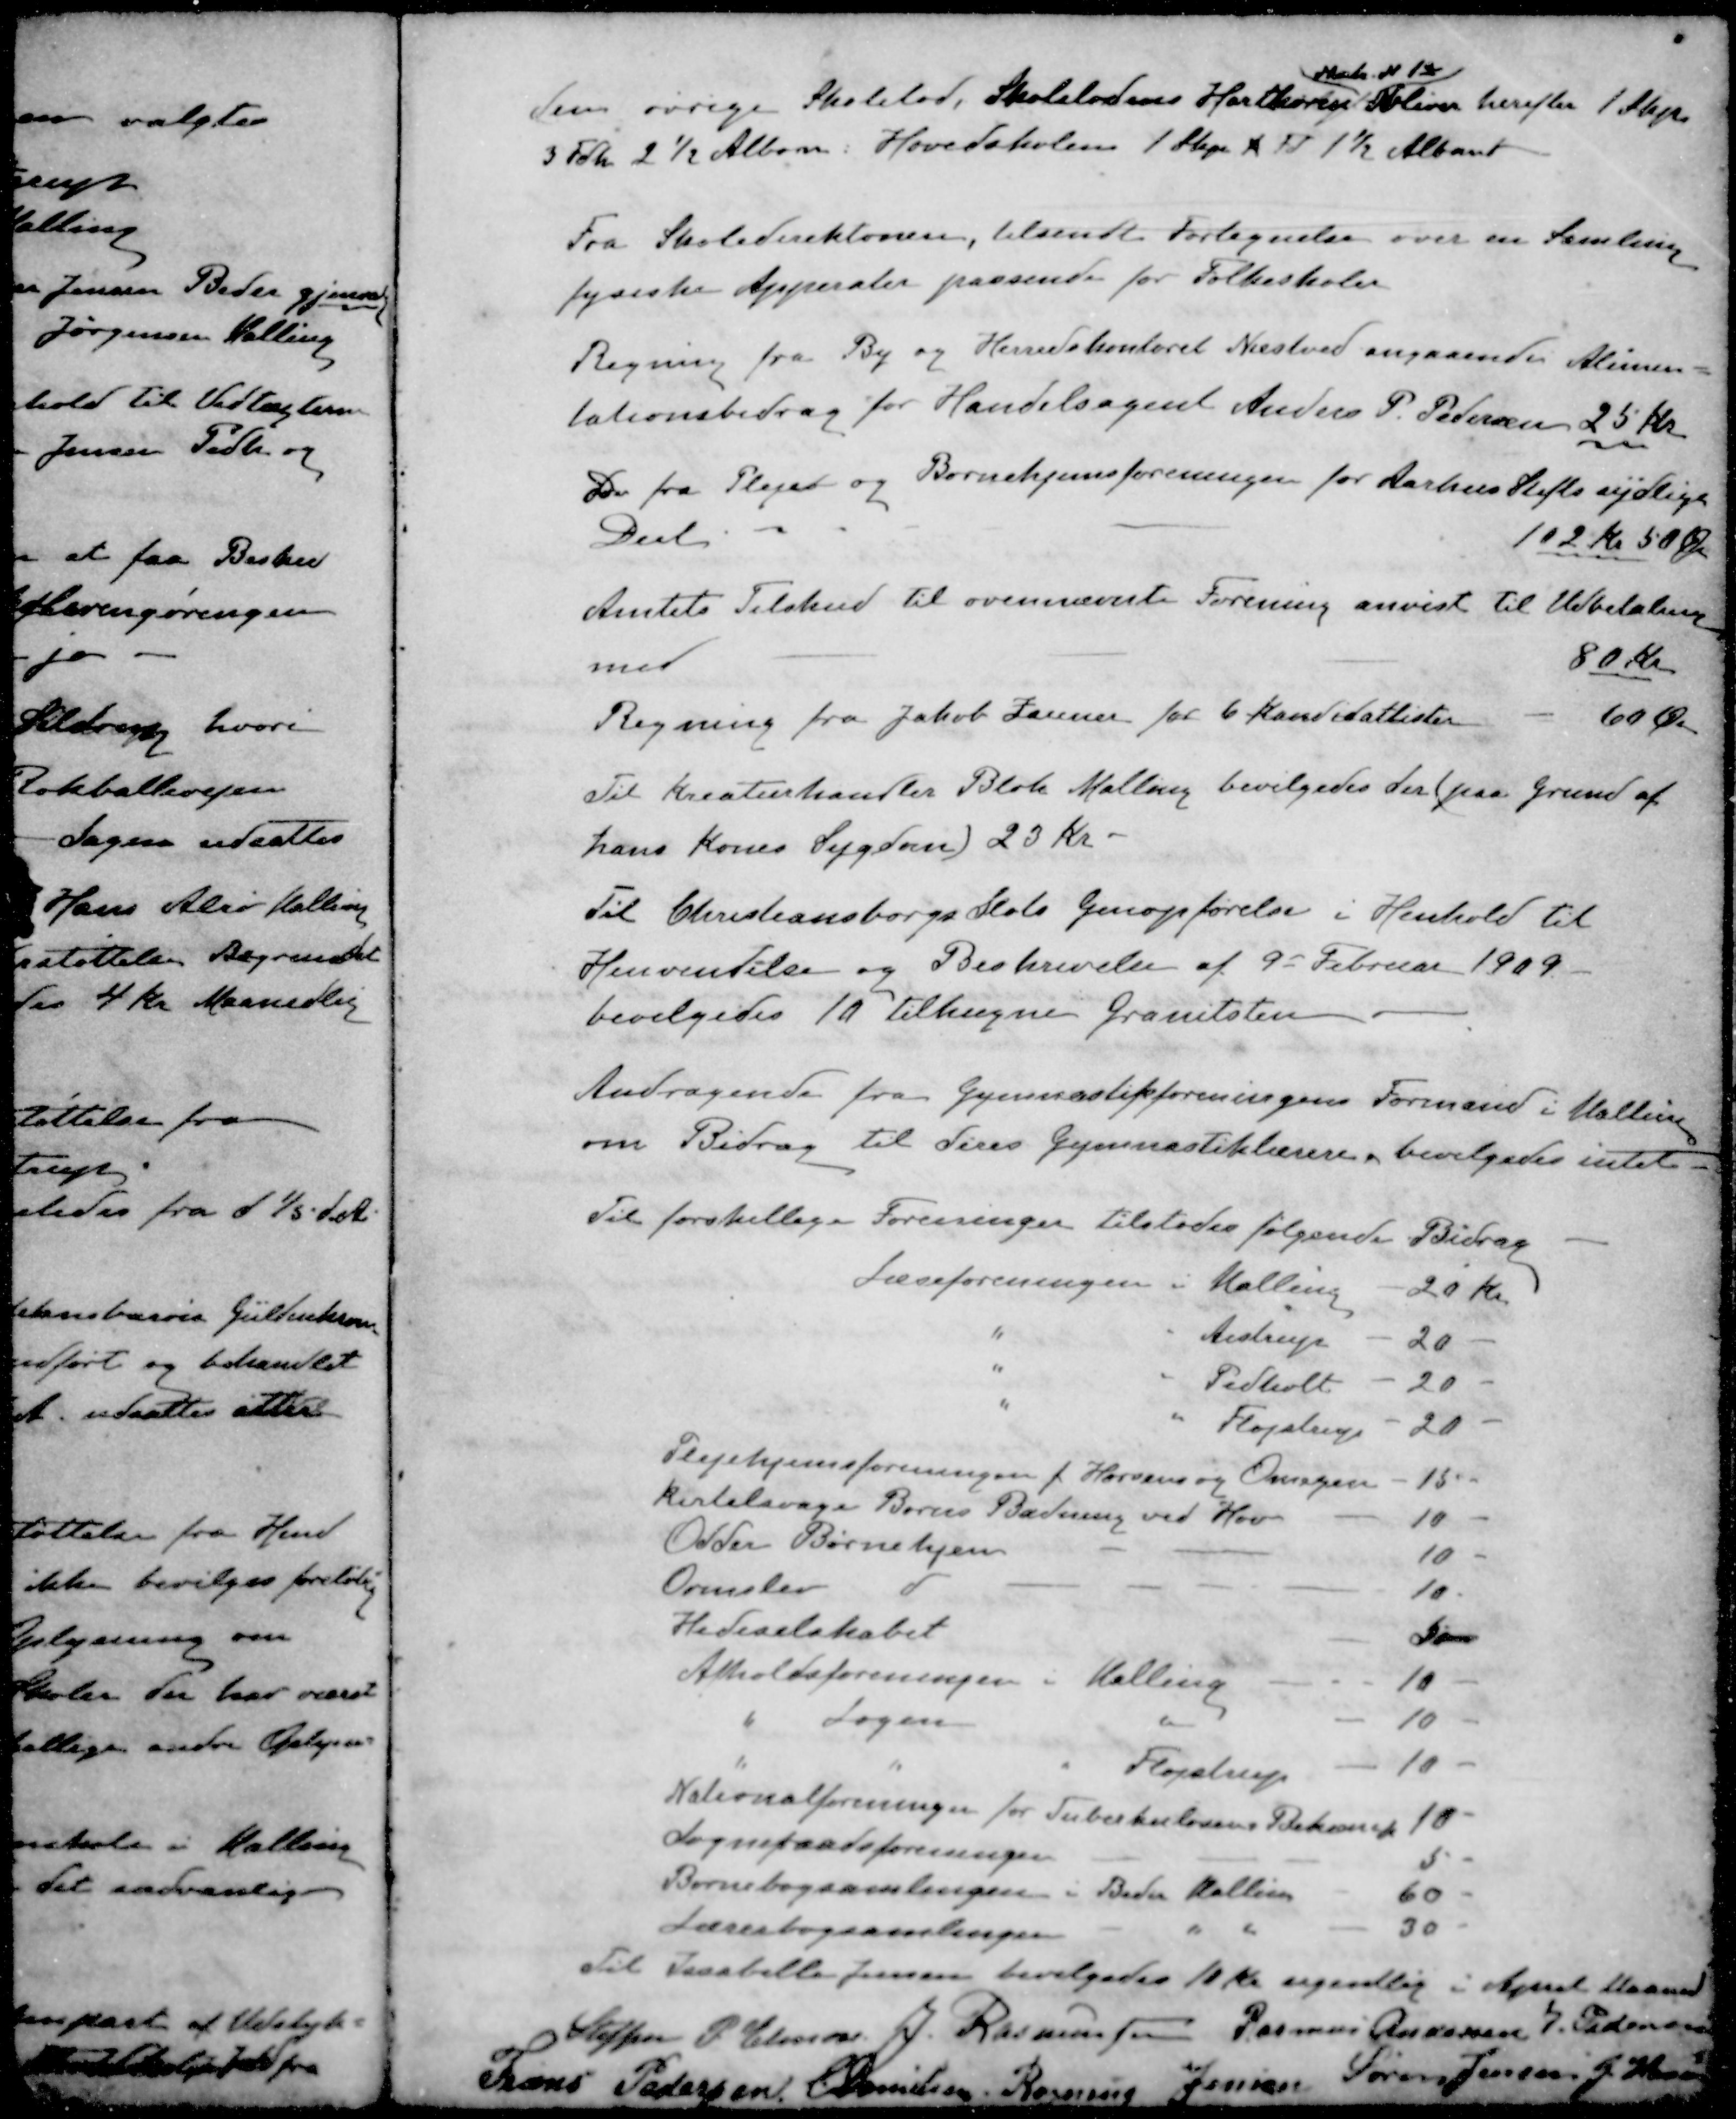
Transskription:
Matr N 12
den øvrige Skolelod, Skolelodens Hartkorn bliver herefter 1 Skp
3 Fdk 2½ Albom Hovedskolen 1 Skp 4 Td 1½ Albom
Fra Skoledirektonen, tilsendt Fortegnelse over en Samling
fysiske Apperater passende for Folkeskoler
Regning fra By og Herredskontoret Næstved angaaende Alimen-
tationsbidrag for Handelsagent Anders P. Pedersen 25 Kr
Do fra Plejer og Børnehjemsforeningen for Aarhus Stifts sydlige
Del
102 Kr 50 Øre
Amtets Tilskud til ovennævnte Forening anvist til Udbetaling
med
80 Kr.
Regning fra Jakob Zanner for 6 Kandidatlister - 60 Øre
Regning fra Jakob Lanner for 6 Kandidatlister - 60 Øre
Til Kreaturhandler Blok Malling bevilgedes der (paa Grund af
hans Kones Sygdom) 23 Kr.
Til Christiansborgs Slots Genopførelse i Henhold til
Henvendelse og Beskrivelse af 9 Februar 1909
bevilgedes 10 tilhugne Granitsten
Andragende fra Gymnastikforeningens Formand i Malling
om Bidrag til deres Gymnastiklærere, bevilgedes intet
Til forskellige Foreninger tilstodes følgende Bidrag
Læseforeningen i Malling
20 Kr.
" " Aistrup
20 -
" " Pedholt
20 -
" " Fløjstrup
20 -
Plejehjemsforeningen f. Horsens og Omegn
15 "
kirtelsvage Børns Badning ved Hov
10 -
Odder Børnehjem
10 -
Ormslev d
10
Hedeselskabet
5 -
Afholdsforeningen i Malling
10 -
" Sagen "
10 -
" " " Fløjstrup
10 -
Nationalforeningen for Tuberkulosens Bekæmp
10 -
Sogneraadsforeninger
5 -
Børnebogsamlingen i Beder Malling
60 -
Lærerbogsamlingen " "
30 -
Til Isabelle Jensen bevilgedes 10 Kr. ugentlig i April Maaned
Steffen P. Elmose
J. Rasmussen
Rasmus Andersen
J. Pedersen
Frans Pedersen
E Danielsen
Rasmus Jensen
Søren Jensen
J Hansen